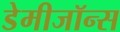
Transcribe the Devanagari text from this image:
डेमीजॉन्स